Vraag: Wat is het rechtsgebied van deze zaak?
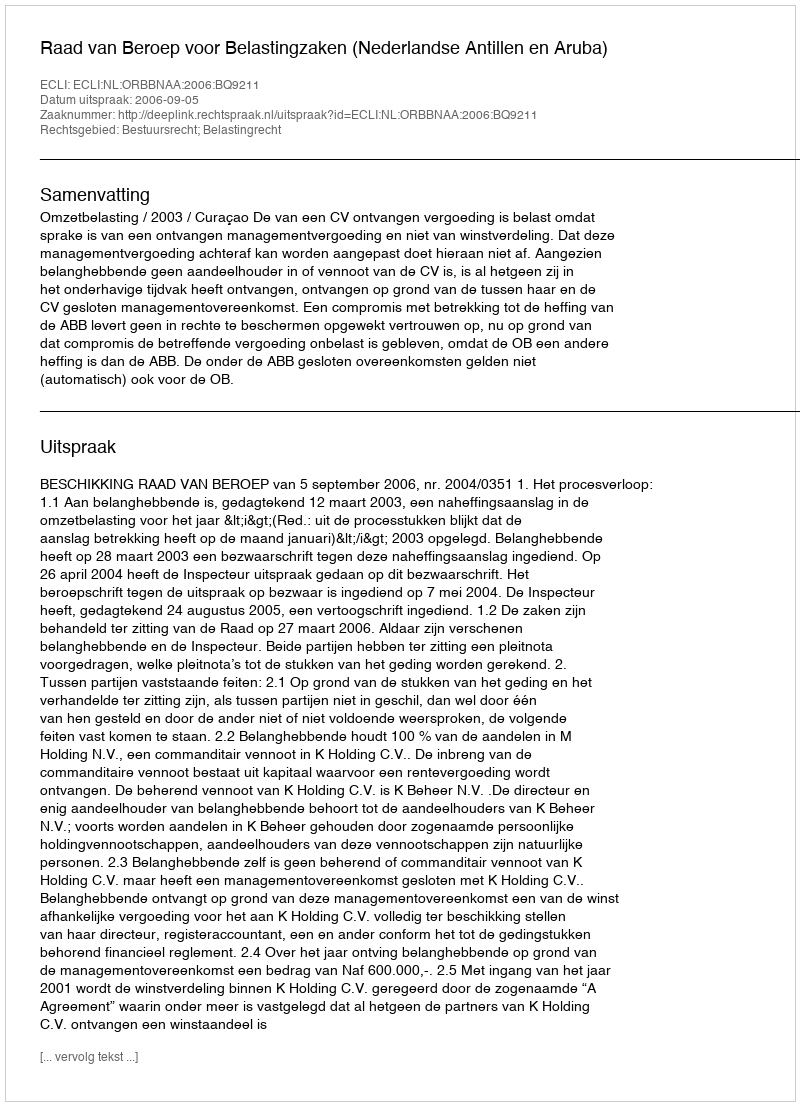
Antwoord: Bestuursrecht; Belastingrecht